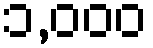
၁,၀၀၀